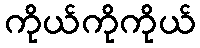
ကိုယ်ကိုကိုယ်